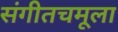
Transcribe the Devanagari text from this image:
संगीतचमूला